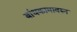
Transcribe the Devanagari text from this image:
बांधकामावरुन